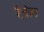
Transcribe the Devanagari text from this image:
रैज़ेल